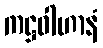
ကဋ္ဌဝါဟာနံ